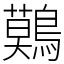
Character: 𪅐